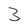
Character: 3